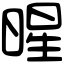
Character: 暒